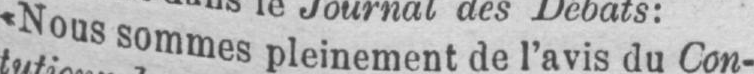
«Nous sommes pleinement de l’avis du Con-